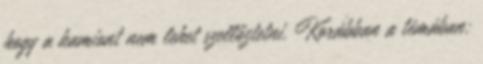
hogy a kamiont nem lehet szellőztetni. Korábban a témában: